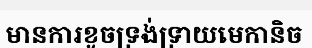
មានការខូចទ្រង់ទ្រាយមេកានិច